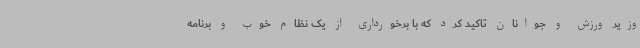
وزیر ورزش و جوانان تاکید کرد که با برخورداری از یک نظام خوب و برنامه